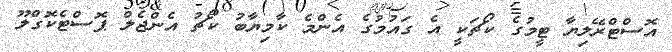
އޮސްޓްރޭލިޔާ ޓީމުގެ ކޯޗަކީ އެ ގައުމުގެ އެންމެ ކާމިޔާބު ކޯޗު އެންޖެލް ޕޮސްޓެކޮގްލޫ